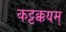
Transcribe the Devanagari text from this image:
कट्टक्कयम्